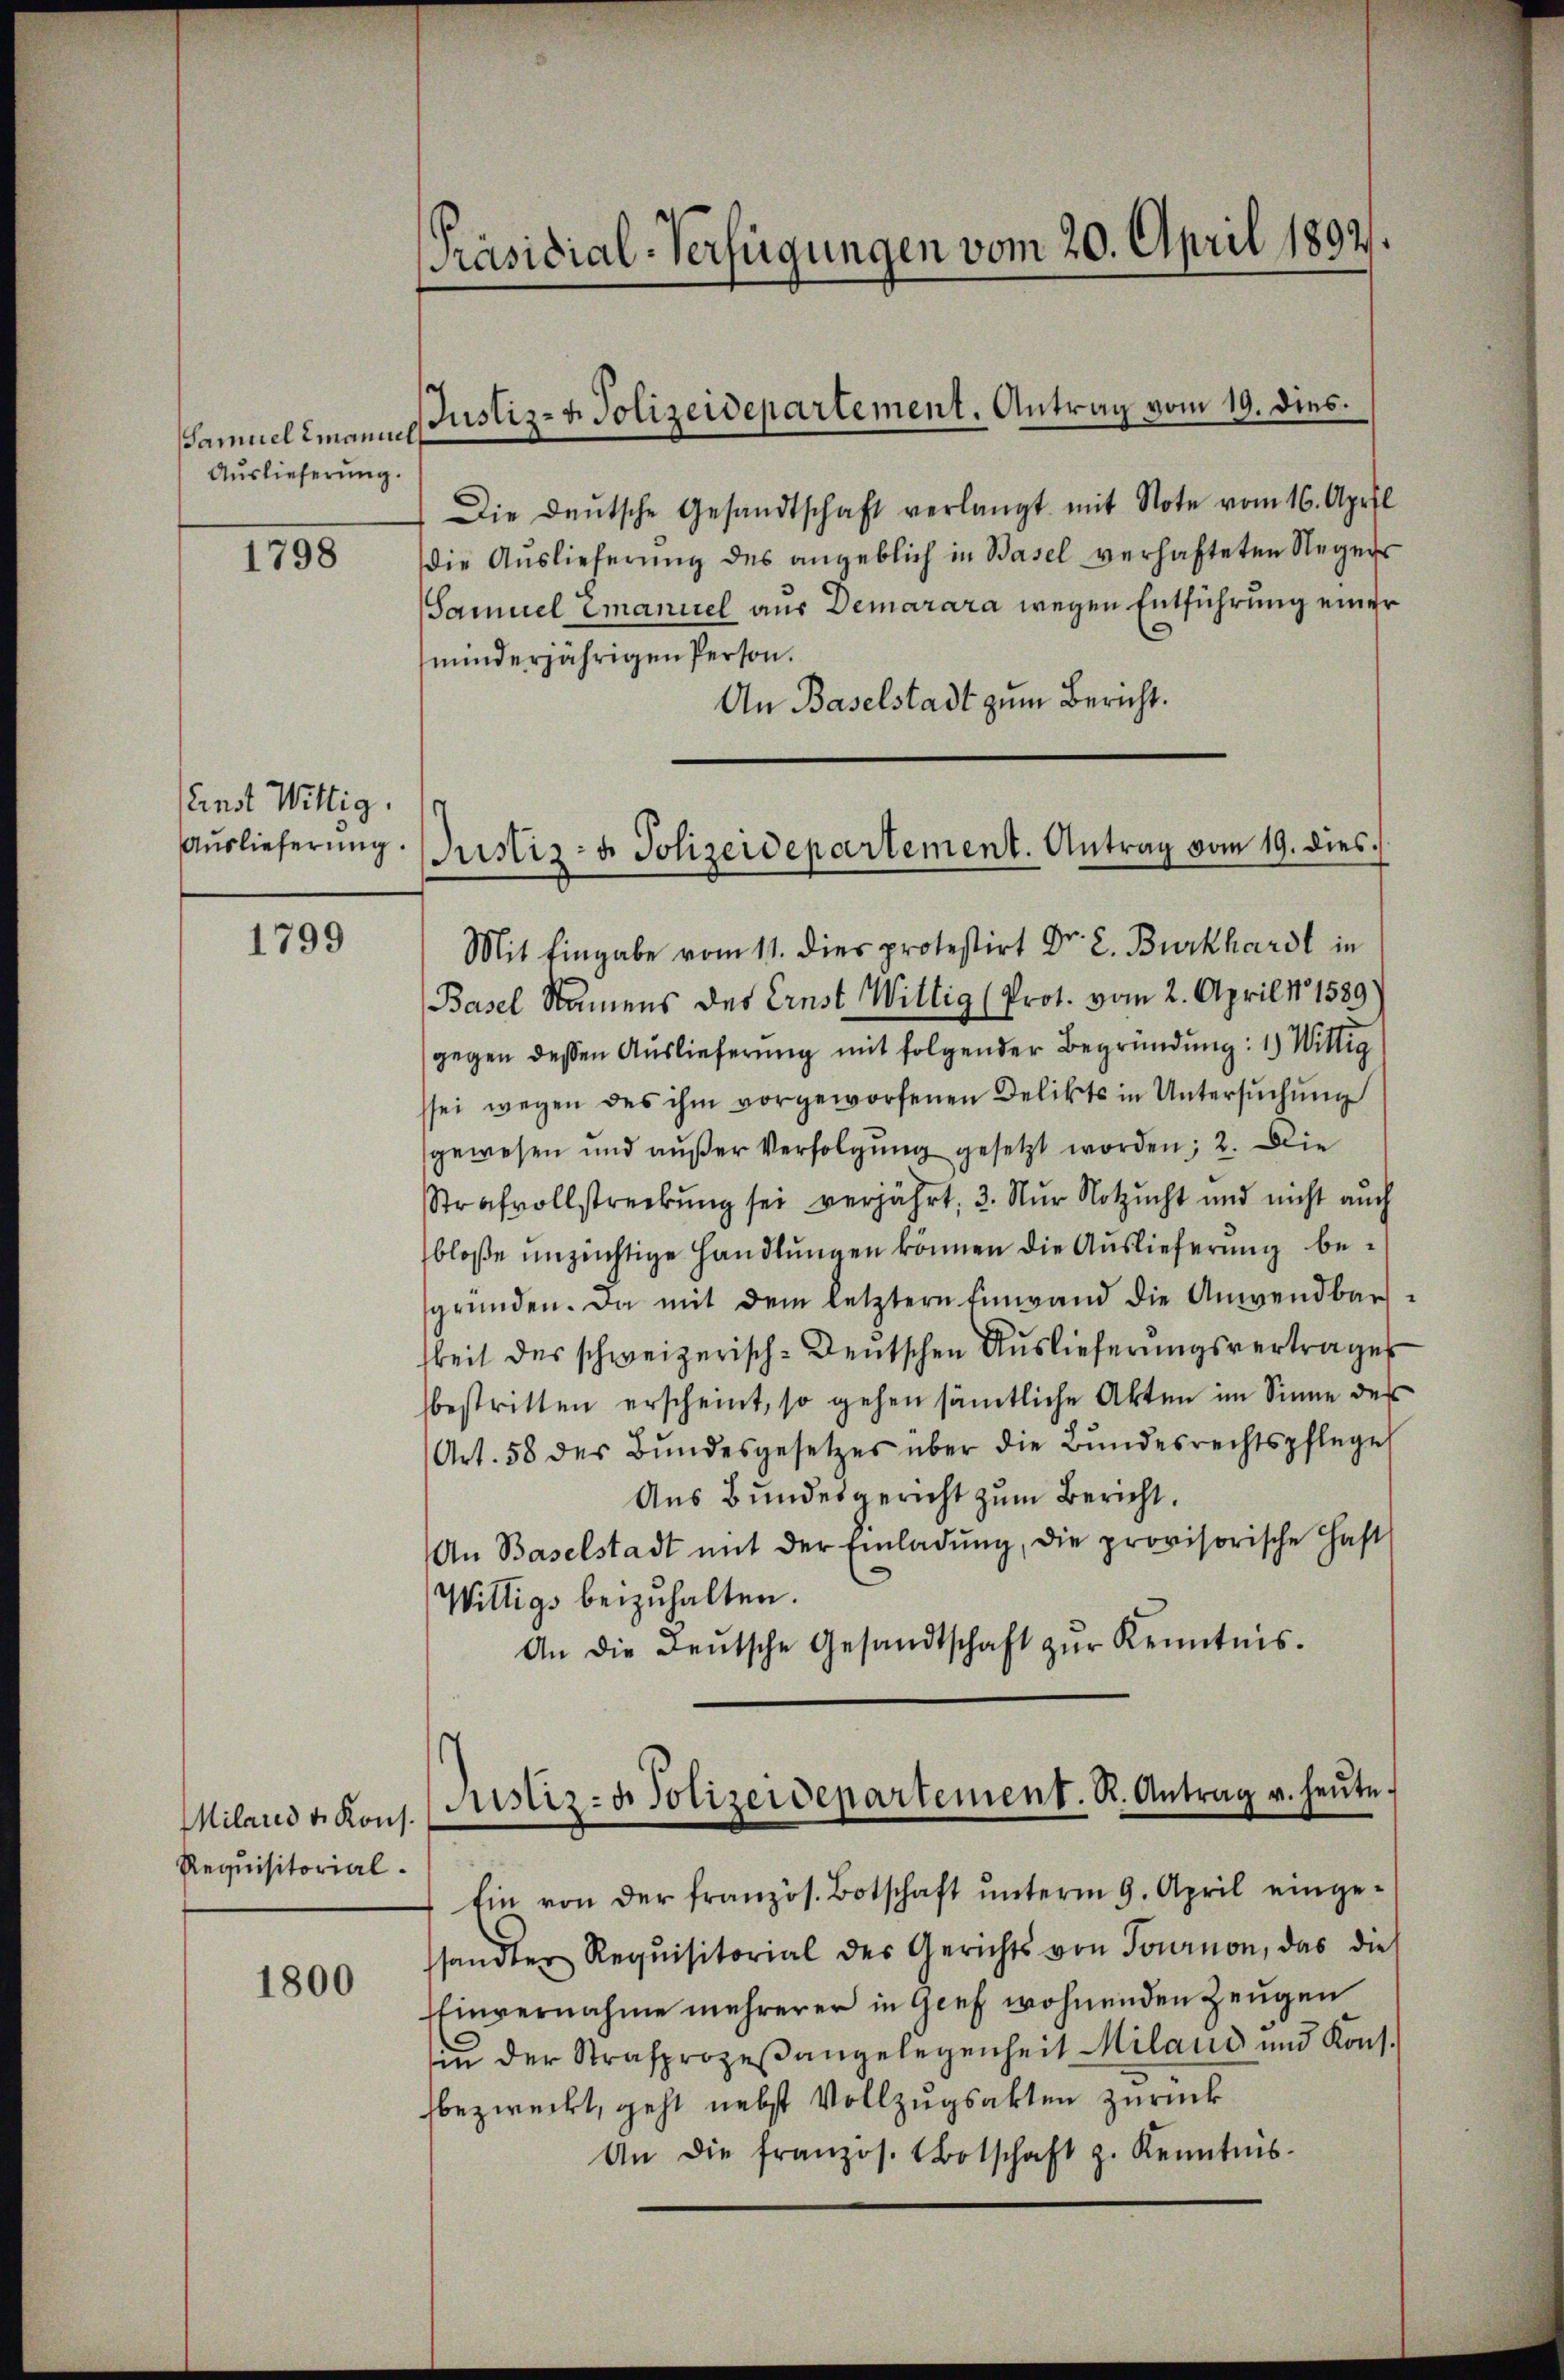
Samuel Emanue
Auslieferung.

1798

einst Wittig.
Auslieferung.

1799

l
Die Deutsche Gesandtschaft verlangt mit Note vom 16. April
die Auslieferung des angeblich in Basel verhafteten Regens
Samuel Emanuel aus Demarara wegen Entführung einer
minderjährigen Person.
An Baselstadt zum Bericht.
Mit Eingabe vom 11. dies protestirt Dr. L. Burkhardt in
Basel Namens des Ernst Wiltig (Prot. vom 2. April 11 1589
gegen dessen Auslieferung mit folgender Begründung: 1.) Wittig
sei wegen des ihm vorgeworfenen Delikts in Untersŭchŭng
gewesen und aŭβer Verfolgŭng gesetzt worden; 2. Die
Strafvollstreckung sei verjährt: 3. Nur Notzucht und nicht auch
bloße unzüchtige Handlungen können die Auslieferung begründen. Da mit dem letztern Einwand die Anwendbarkeit des schweizerisch-deutschen Auslieferungsvertrages
bestritten erscheint, so gehen sämtliche Akten im Sinne des
Art. 58 des Bundesgesetzes über die Bundesrechtspflege
Aus Bundesgericht zum Bericht,
An Baselstadt mit der Einladŭng, die provisorische Hast
Willigs beizuhalten.
An die Deutsche Gesandtschaft zŭr Kenntnis.

Milares v. Kons.
Requisitorial.

1800

[Präsidial-Verfügungen vom 20. April 1892.

Justiz- & Polizeidepartement. Antrag vom 19. dies.

Justiz- & Polizeidepartement. Antrag vom 19. dies

Justiz- & Polizeidepartement. R. Antrag u. heŭte.

Ein von der französ. Botschaft ŭnterm 9. April einge-
sandter Requisitorial des Gerichts von Tournon, das die
Einvernahme mehrerer in Genf wohnenden Zeŭgen
in der Strafprozeβangelegenheit Miland und Kons.
bezweckt, geht nebst Vollzugsakten zurück
An die franzos. Botschaft z. Kenntnis-